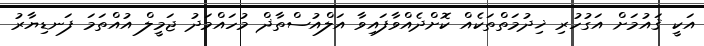
އަކީ ޤައުމަށް އަގުހުރި ޚިދުމަތްތަކެއް ކޮށްދެއްވާފައިވާ އަލްއުސްތާޛް މުހައްމަދު ޖަމީލް އުއްތަމަ ފަނޑިޔާރު